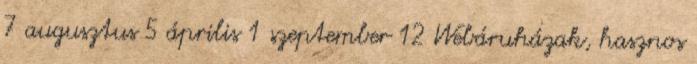
7 augusztus 5 április 1 szeptember 12 Webáruházak, hasznos